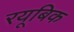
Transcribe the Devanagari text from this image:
रयूबिक